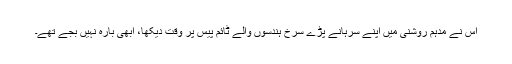
اس نے مدہم روشنی میں اپنے سرہانے پڑے سرخ ہندسوں والے ٹائم پیس پر وقت دیکھا، ابھی بارہ نہیں بجے تھے۔